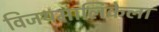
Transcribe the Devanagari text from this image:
विजयमालिकेला